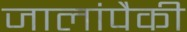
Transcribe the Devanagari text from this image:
जालांपैकी